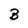
Character: B